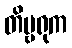
တိမ္ဗရုက